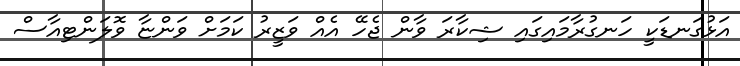
އަޅުގަނޑަކީ ހަނގުރާމައިގައި ޝިކާރަ ވާން ޖެހޭ އެއް ވަޒީރު ކަމަށް ވަންޏާ ވޮލަންޓިއާސް